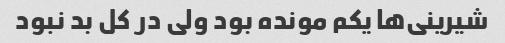
شیرینی‌ها یکم مونده بود ولی در کل بد نبود